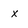
Character: x